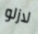
لازلو